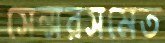
সেন্সরসমেত